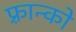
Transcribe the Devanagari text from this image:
फ़्रान्को